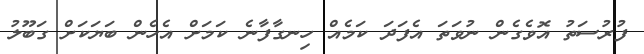
ފުރުސަތު އޮވެގެން ނުވަތަ އެފަދަ ކަމެއް ހިނގާފާނެ ކަމަށް އެހެން ބަޔަކަށް ގަބޫލު